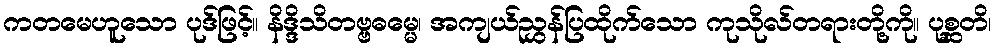
ကတမေဟူသော ပုဒ်ဖြင့်။ နိဒ္ဒိသိတဗ္ဗဓမ္မေ၊ အကျယ်ညွှန်ပြထိုက်သော ကုသိုလ်တရားတို့ကို။ ပုစ္ဆတိ၊